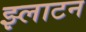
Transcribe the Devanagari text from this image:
झ्लाटन